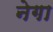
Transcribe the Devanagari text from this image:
नेगा